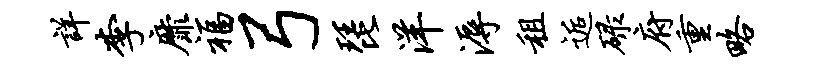
详李靡福弓琵洋溽租逅碌府重略